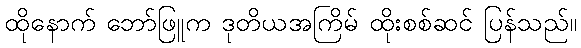
ထိုနောက် ဘော်ဖြူက ဒုတိယအကြိမ် ထိုးစစ်ဆင် ပြန်သည်။